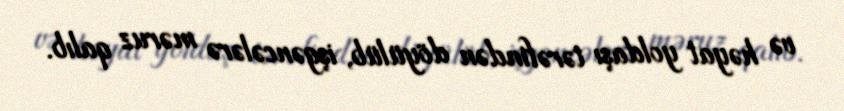
və həyat yoldaşı tərəfindən döyülüb, işgəncələrə məruz qalıb.